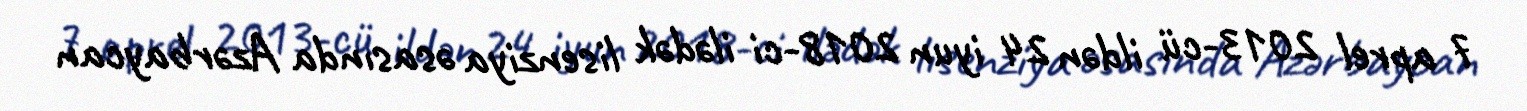
7 aprel 2013-cü ildən 24 iyun 2018-ci ilədək lisenziya əsasında Azərbaycan